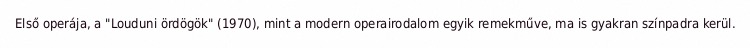
Első operája, a "Louduni ördögök" (1970), mint a modern operairodalom egyik remekműve, ma is gyakran színpadra kerül.